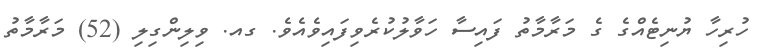
ހުރިހާ ޔުނިޓެއްގެ ގެ މަރާމާތު ފައިސާ ހަވާލުކުރެވިފައިވެއެވެ. ގއ. ވިލިންގިލި (52) މަރާމާތު